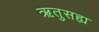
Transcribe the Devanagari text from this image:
ऋतुसह्य